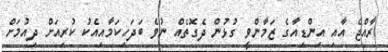
ރާއްޖެ އާއި އިންޑިއާގެ ޒަމާންވީ ގުޅުން ދެގޮތެއް ނުވެ ބަދަހިކަމާއިއެކު ކުރިއަށް ދިއުމަށް